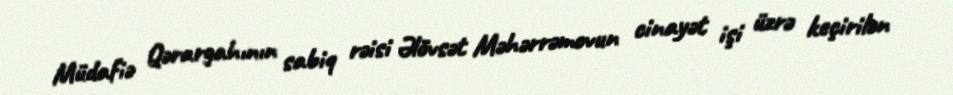
Müdafiə Qərargahının sabiq rəisi Əlövsət Məhərrəmovun cinayət işi üzrə keçirilən